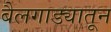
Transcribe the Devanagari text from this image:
बैलगाड्यातून